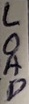
Text: LOAD